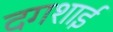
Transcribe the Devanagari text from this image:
दगशाई